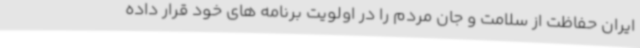
ایران حفاظت از سلامت و جان مردم را در اولویت برنامه های خود قرار داده